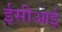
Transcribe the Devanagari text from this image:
ईसीआई